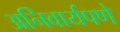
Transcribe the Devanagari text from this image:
अनिवार्यपणे